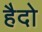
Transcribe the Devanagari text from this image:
हैदो